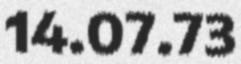
14.07.73